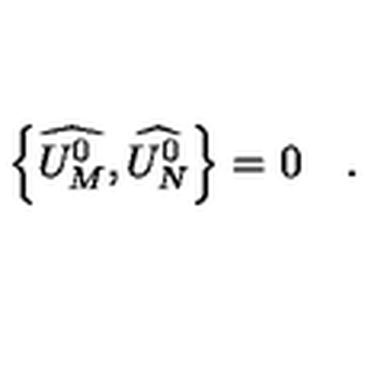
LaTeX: \left\{ \widehat { U _ { M } ^ { 0 } } , \widehat { U _ { N } ^ { 0 } } \right\} = 0 \quad .